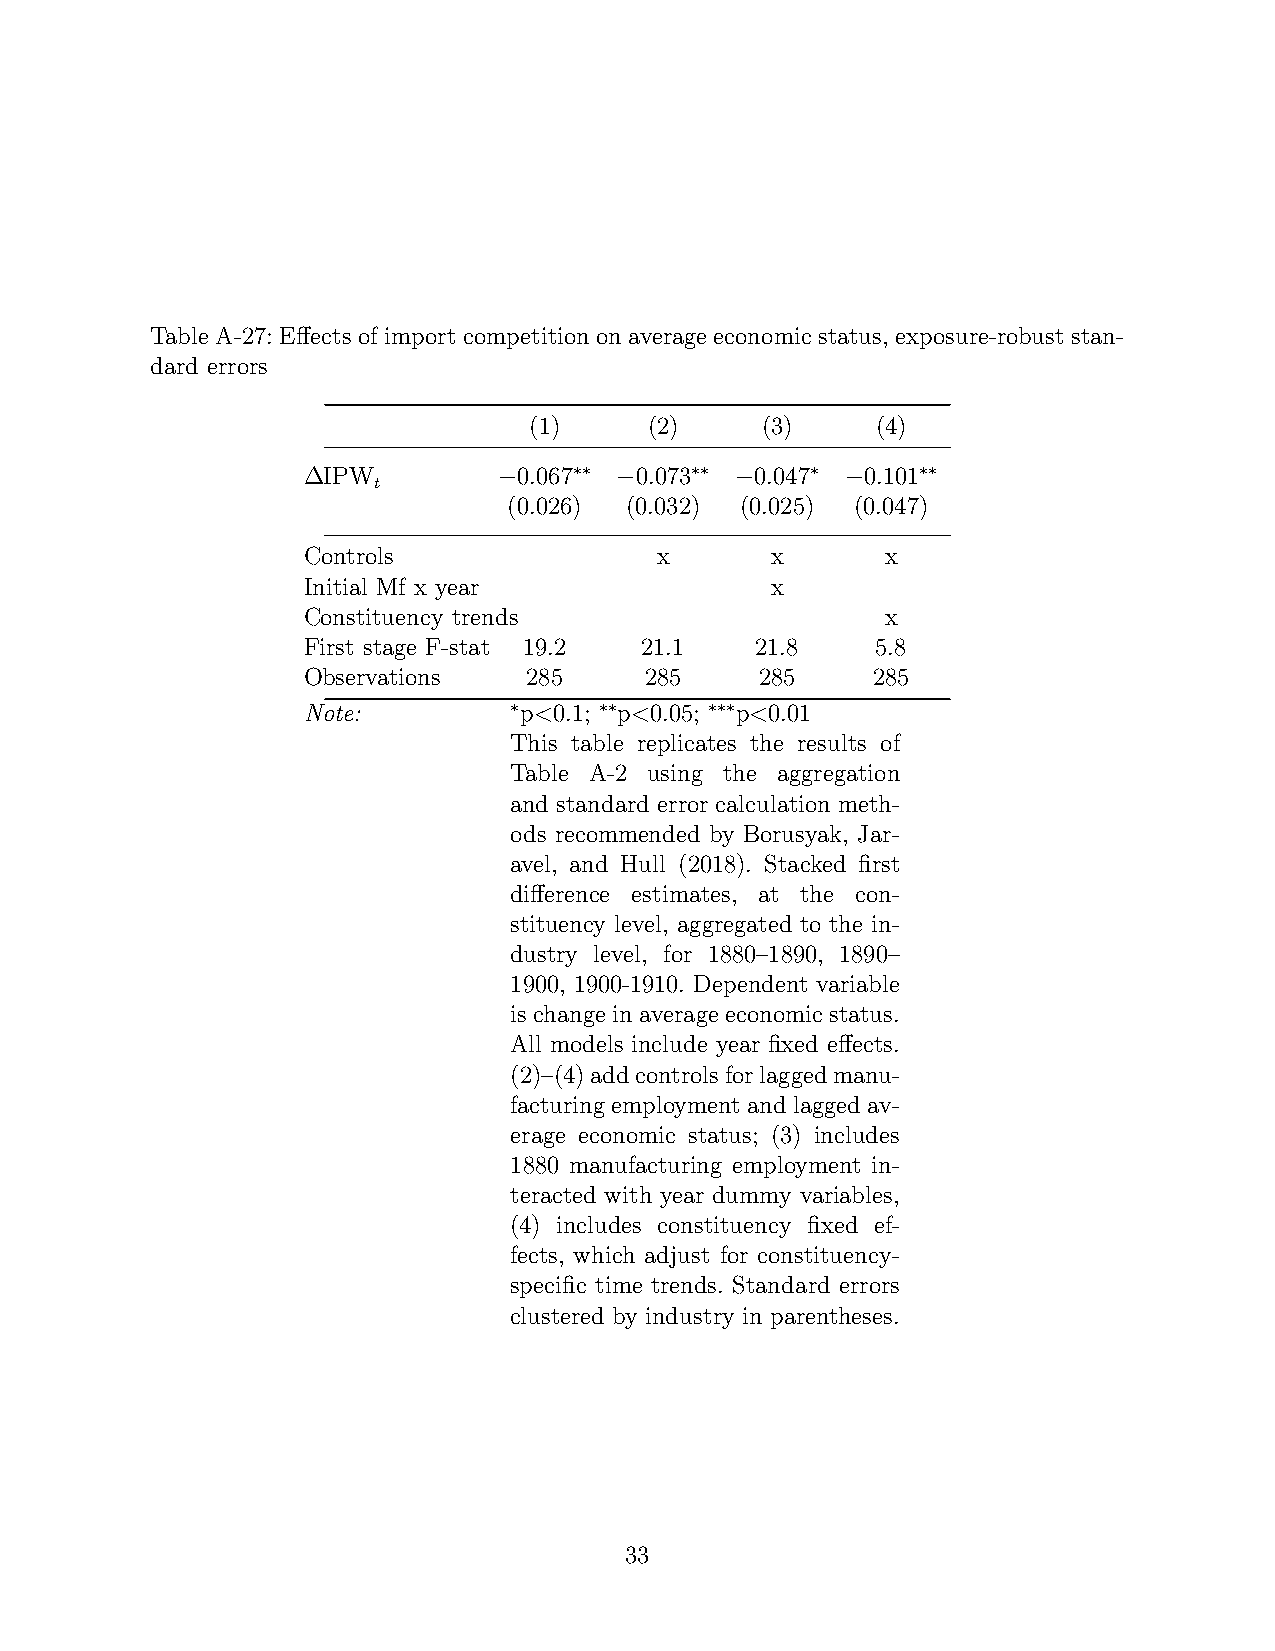
Table A-27: Effects of import competition on average economic status, exposure-robust stan-
 dard errors
 (1)     (2)    (3)     (4)
 ∆IPW         −0.067∗∗ −0.073∗∗ −0.047∗ −0.101∗∗
 t
 (0.026) (0.032) (0.025) (0.047)
 Controls               x       x       x
 Initial Mf x year              x
 Constituency trends                    x
 First stage F-stat 19.2 21.1  21.8    5.8
 Observations   285     285    285     285
 Note:         ∗p<0.1; ∗∗p<0.05; ∗∗∗p<0.01
 This table replicates the results of
 Table A-2 using the aggregation
 and standard error calculation meth-
 ods recommended by Borusyak, Jar-
 avel, and Hull (2018). Stacked first
 difference estimates, at the con-
 stituency level, aggregated to the in-
 dustry level, for 1880–1890, 1890–
 1900, 1900-1910. Dependent variable
 is change in average economic status.
 All models include year fixed effects.
 (2)–(4)addcontrolsforlaggedmanu-
 facturing employment and lagged av-
 erage economic status; (3) includes
 1880 manufacturing employment in-
 teracted with year dummy variables,
 (4) includes constituency fixed ef-
 fects, which adjust for constituency-
 specific time trends. Standard errors
 clustered by industry in parentheses.
 33